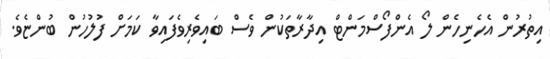
އިތުރުން އެހެނިހެން ލޯ އެންފޯސްމަންޓް އިދާރާތަކުން ވެސް ބައިވެރިވެފައިވާ ކަމަށް ފުލުހުން ބުންޏެވެ.